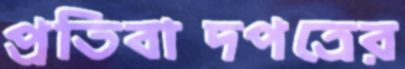
প্রতিবাদপত্রের